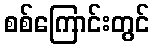
စစ်ကြောင်းတွင်